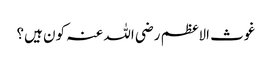
غوث الاعظم رضی اللہ عنہ کون ہیں؟